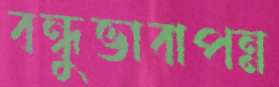
বন্ধুভাবাপন্ন